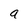
Character: a